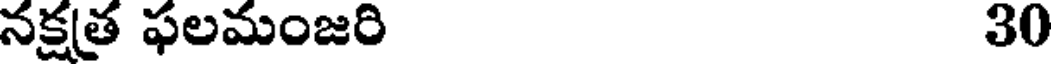
నక్షత్ర ఫలమంజరి 30